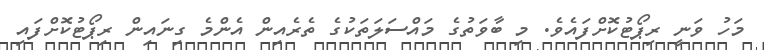
މަހު ވަނީ ރިޕޯޓުކޮށްފައެވެ. މި ބާވަތުގެ މައްސަލަތަކުގެ ތެރެއިން އެންމެ ގިނައިން ރިޕޯޓުކޮށްފައި